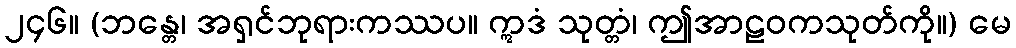
၂၄၆။ (ဘန္တေ၊ အရှင်ဘုရားကဿပ။ ဣဒံ သုတ္တံ၊ ဤအာဠဝကသုတ်ကို။) မေ